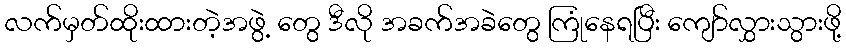
လက်မှတ်ထိုးထားတဲ့အဖွဲ့ တွေ ဒီလို အခက်အခဲတွေ ကြုံနေရပြီး ကျော်လွှားသွားဖို့